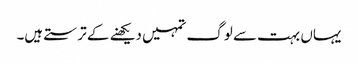
یہاں بہت سے لوگ تمہیں دیکھنے کے ترستے ہیں۔